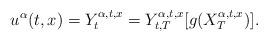
LaTeX: \begin{align*}u^\alpha(t,x)=Y_t^{\alpha,t,x}= {Y}_{t,T}^{\alpha,t,x}[g(X^{\alpha,t,x}_T)].\end{align*}